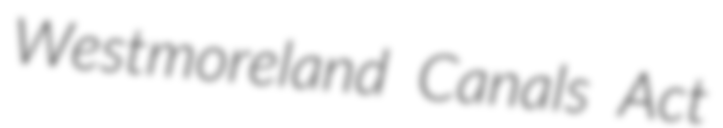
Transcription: Westmoreland Canals Act